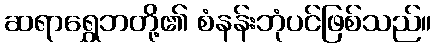
ဆရာရွှေဘတို့၏ စံနန်းဘုံပင်ဖြစ်သည်။